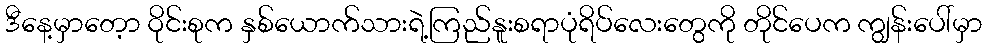
ဒီနေ့မှာတေ့ာ ဝိုင်းစုက နှစ်ယောက်သားရဲ့ကြည်နူးစရာပုံရိပ်လေးတွေကို တိုင်ပေက ကျွန်းပေါ်မှာ